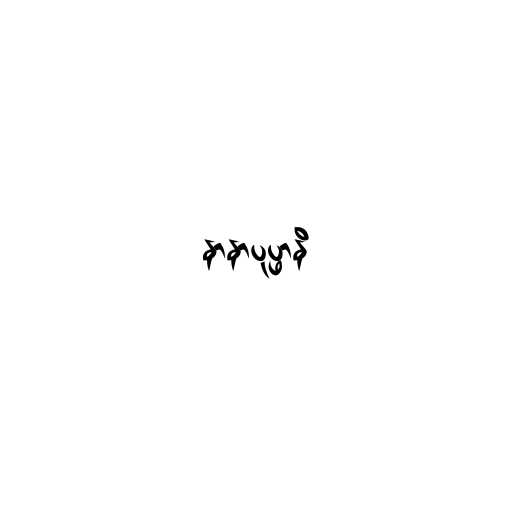
နာနာပုပ္ဖာနိ